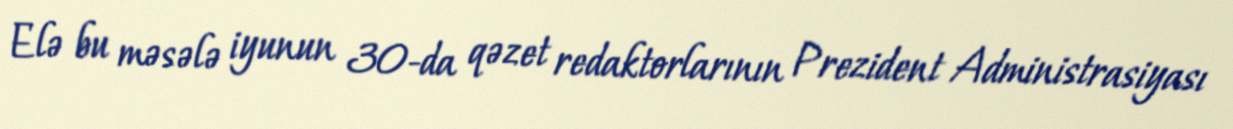
Elə bu məsələ iyunun 30-da qəzet redaktorlarının Prezident Administrasiyası